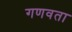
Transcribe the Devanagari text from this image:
गणवता